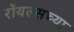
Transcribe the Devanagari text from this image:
रॉयल्सच्या